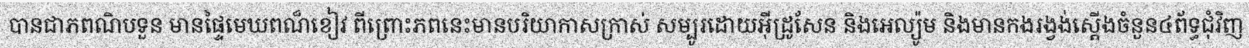
បានជាភពណិបទួន មានផ្ទៃមេឃពណ៏ខៀវ ពីព្រោះភពនេះមានបរិយាកាសក្រាស់ សម្បូរដោយអ៊ីដ្រូសែន និងអេល្យ៉ូម និងមានកងរង្វង់ស្តើងចំនួន៤ព័ទ្ធជុំវិញ